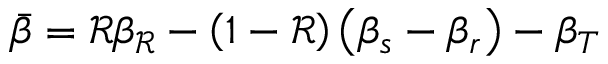
\bar { \beta } = \mathcal { R } \beta _ { \mathcal { R } } - \left( 1 - \mathcal { R } \right) \left( \beta _ { s } - \beta _ { r } \right) - \beta _ { T }